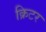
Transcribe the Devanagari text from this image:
क्रिटर